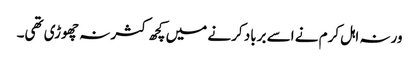
ورنہ اہل کرم نے اسے برباد کرنے میں کچھ کثر نہ چھوڑی تھی۔